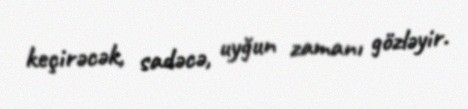
keçirəcək, sadəcə, uyğun zamanı gözləyir.